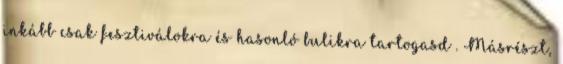
inkább csak fesztiválokra és hasonló bulikra tartogasd . Másrészt,